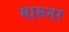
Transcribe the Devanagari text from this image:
मारूनर